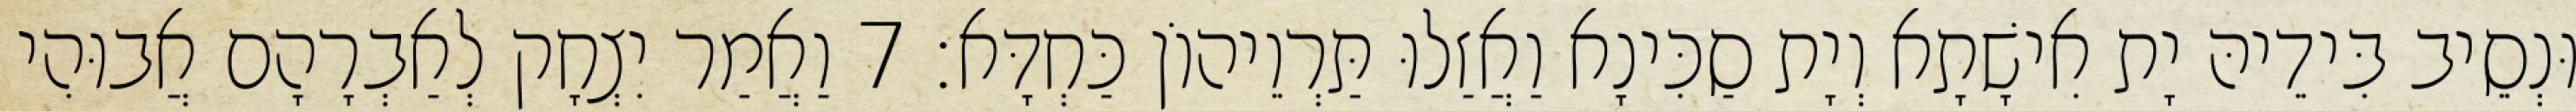
וּנְסֵיב בִּידֵיהּ יָת אִישָׁתָא וְיָת סַכִּינָא וַאֲזַלוּ תַּרְוֵיהוֹן כַּחְדָּא׃ 7 וַאֲמַר יִצְחָק לְאַבְרָהָם אֲבוּהִי